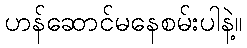
ဟန်ဆောင်မနေစမ်းပါနဲ့။